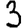
Digit: 3